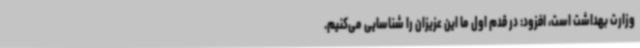
وزارت بهداشت است، افزود: در قدم اول ما این عزیزان را شناسایی می‌کنیم.